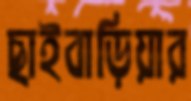
ছাইবাড়িয়ার